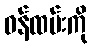
ဝန်ထမ်းကို